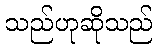
သည်ဟုဆိုသည်